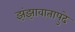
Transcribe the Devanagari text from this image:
झंझावातापुढे